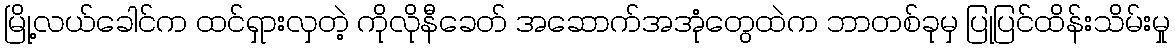
မြို့လယ်ခေါင်က ထင်ရှားလှတဲ့ ကိုလိုနီခေတ် အဆောက်အအုံတွေထဲက ဘာတစ်ခုမှ ပြုပြင်ထိန်းသိမ်းမှု